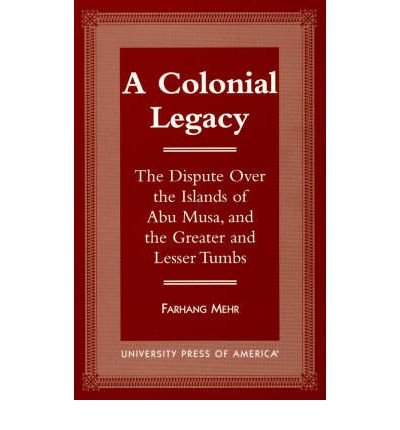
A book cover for A Colonial Legacy: The Dispute Over the Islands of Abu Musa, and the Greater and Lesser Tumbs (Hardback) - Common; By (author) Farhang Mehr; History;